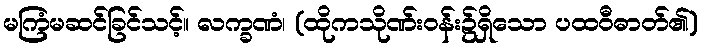
မကြံမဆင်ခြင်သင့်။ လက္ခဏံ၊ (ထိုကသိုဏ်းဝန်း၌ရှိသော ပထဝီဓာတ်၏)